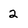
Character: 2